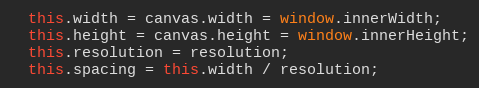
Language: JavaScript
  this.width = canvas.width = window.innerWidth;
  this.height = canvas.height = window.innerHeight;
  this.resolution = resolution;
  this.spacing = this.width / resolution;